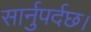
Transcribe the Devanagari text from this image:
सार्नुपर्दछ।